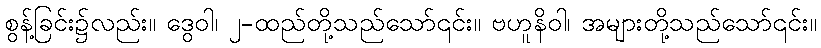
စွန့်ခြင်း၌လည်း။ ဒွေဝါ၊ ၂-ထည်တို့သည်သော်၎င်း။ ဗဟူနိဝါ၊ အများတို့သည်သော်၎င်း။